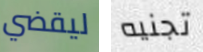
ليقضي تجنيه